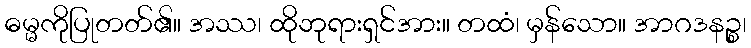
ဓမ္မကိုပြုတတ်၏။ အဿ၊ ထိုဘုရားရှင်အား။ တထံ၊ မှန်သော။ အာဂဒနဉ္စ၊